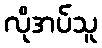
လိုအပ်သူ